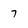
Character: 7